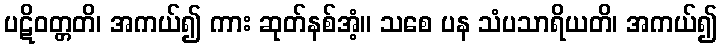
ပဋိဝတ္တတိ၊ အကယ်၍ ကား ဆုတ်နစ်အံ့။ သစေ ပန သံပသာရိယတိ၊ အကယ်၍